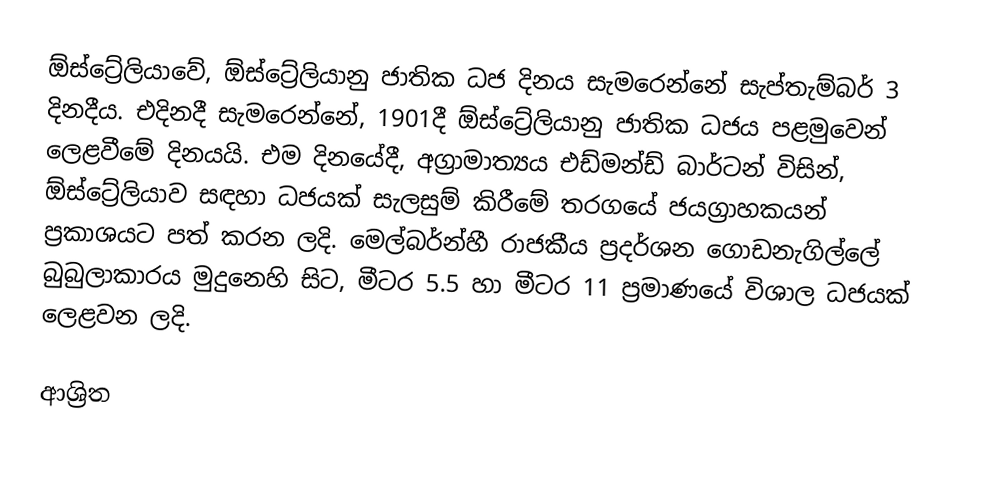
ඕස්ට්‍රේලියාවේ, ඕස්ට්‍රේලියානු ජාතික ධජ දිනය සැමරෙන්නේ සැප්තැම්බර් 3 දිනදීය. එදිනදී සැමරෙන්නේ, 1901දී  ඕස්ට්‍රේලියානු ජාතික ධජය පළමුවෙන් ලෙළවීමේ දිනයයි. එම දිනයේදී, අග්‍රාමාත්‍යය එඩ්මන්ඩ් බාර්ටන් විසින්, ඕස්ට්‍රේලියාව සඳහා ධජයක් සැලසුම් කිරීමේ තරගයේ ජයග්‍රාහකයන් ප්‍රකාශයට පත් කරන ලදි. මෙල්බර්න්හී රාජකීය ප්‍රදර්ශන ගොඩනැගිල්ලේ බුබුලාකාරය මුදුනෙහි සිට, මීටර 5.5 හා මීටර 11 ප්‍රමාණයේ විශාල ධජයක් ලෙළවන ලදි.

ආශ්‍රිත